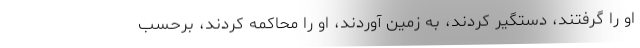
او را گرفتند، دستگیر کردند، به زمین آوردند، او را محاکمه کردند، برحسب